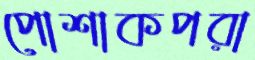
পোশাকপরা